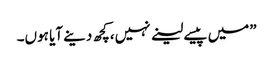
”میں پیسے لینے نہیں،کچھ دینے آیا ہوں۔